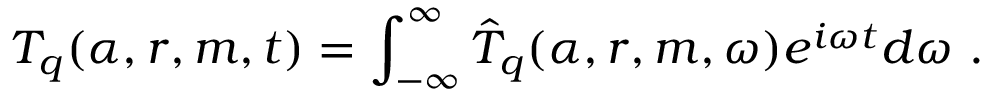
\boldsymbol { T _ { q } } ( \alpha , r , m , t ) = \int _ { - \infty } ^ { \infty } \boldsymbol { \hat { T } _ { q } } ( \alpha , r , m , \omega ) e ^ { i \omega t } d \omega \mathrm { ~ . ~ }